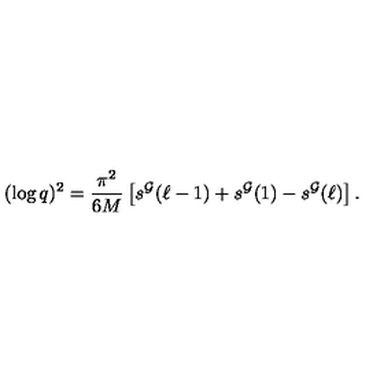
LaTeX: ( \log q ) ^ { 2 } = \frac { \pi ^ { 2 } } { 6 M } \left[ s ^ { \cal G } ( \ell - 1 ) + s ^ { \cal G } ( 1 ) - s ^ { \cal G } ( \ell ) \right] .